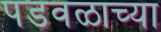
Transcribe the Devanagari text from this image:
पडवळाच्या